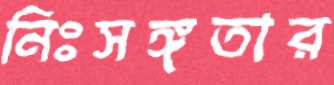
নিঃসঙ্গতার